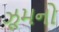
ઝૂમનો